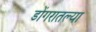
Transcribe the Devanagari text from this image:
डोंगरातल्या